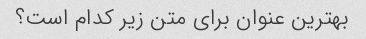
بهترین عنوان برای متن زیر کدام است؟